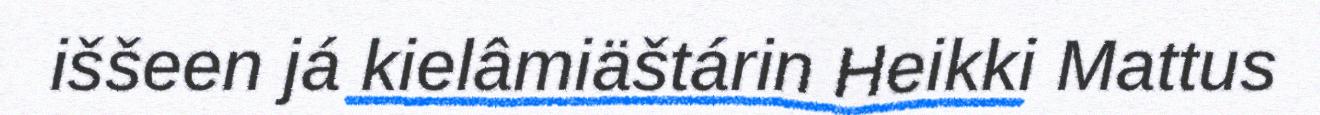
iššeen já kielâmiäštárin Heikki Mattus